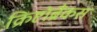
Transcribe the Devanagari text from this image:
क्रिष्टोब्रैंकस